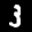
Label: 3